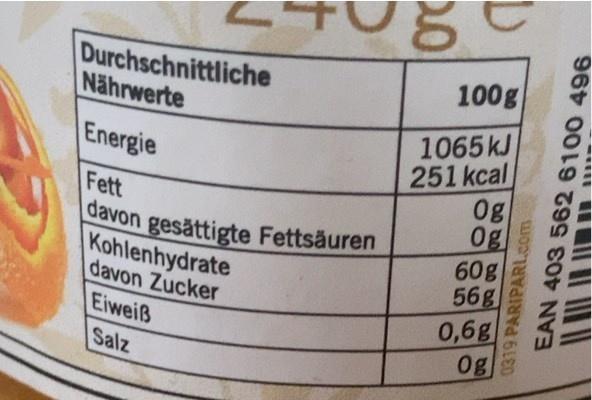
davon gesättigte Fettsäuren Durchschnittliche Nährwerte
100g
1065KJ 251 kcal 0g 0g 60g 56g
Energie
Fett
Kohlenhydrate davon Zucker
0,6g Og8
Eiweiß
Salz
0319 PARIPARL.com
EAN 403 562 6100 496